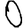
Digit: 0